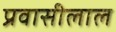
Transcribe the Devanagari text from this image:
प्रवासीलाल